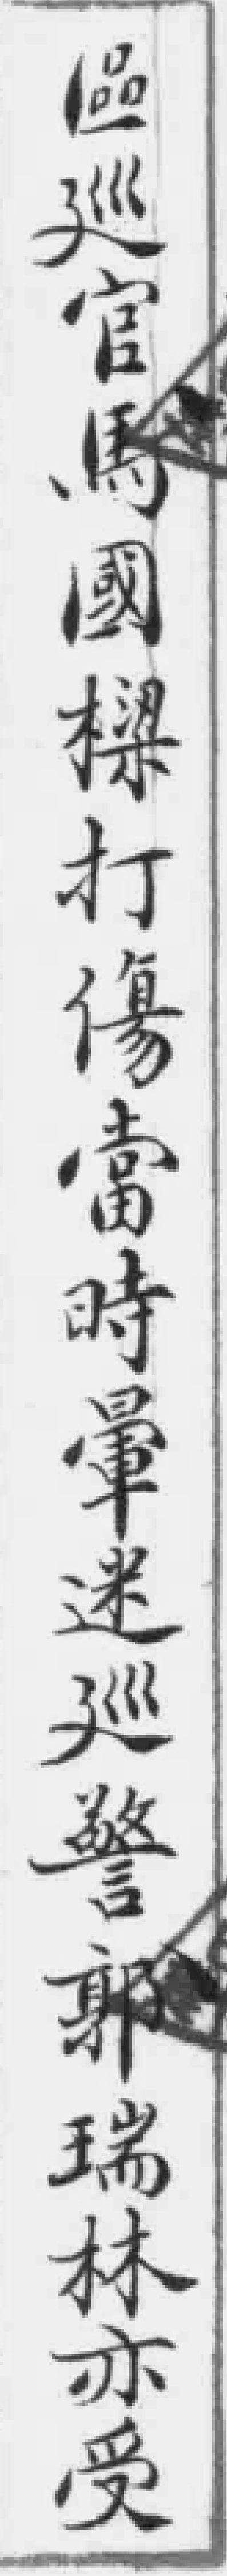
區巡官馬國樑打傷當時暈迷巡警郭瑞林亦受